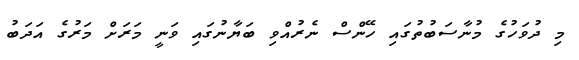
މި ދުވަހުގެ މުނާސަބުތުގައި ހޭންސް ނެރުއްވި ބަޔާނުގައި ވަނީ މަރަށް މަރުގެ އަދަބު